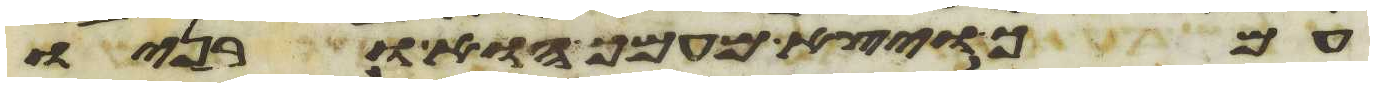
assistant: עמך ויצא מעמך הוא ובניו